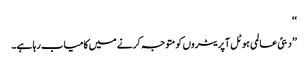
‘‘
’’دبئی عالمی ہوٹل آپریٹروں کو متوجہ کرنے میں کامیاب رہا ہے۔